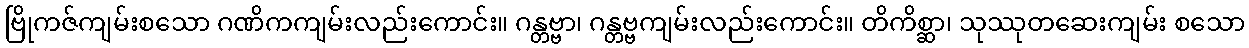
ဗြိုကဇ်ကျမ်းစသော ဂဏိကကျမ်းလည်းကောင်း။ ဂန္တဗ္ဗာ၊ ဂန္တဗ္ဗကျမ်းလည်းကောင်း။ တိကိစ္ဆာ၊ သုဿုတဆေးကျမ်း စသော